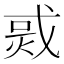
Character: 𤉨